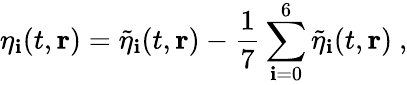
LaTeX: \eta_{\mathbf{i}}(t,\mathbf{{r}})=\tilde{{\eta}}_{\mathbf{i}}(t,\mathbf{{r}})-\frac{{1}}{{7}}\sum_{\mathbf{i}=0}^{6}\tilde{{\eta}}_{\mathbf{i}}(t,\mathbf{{r}})\ ,